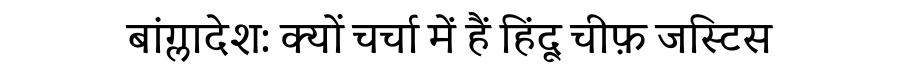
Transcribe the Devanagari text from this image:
बांग्लादेश: क्यों चर्चा में हैं हिंदू चीफ़ जस्टिस